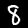
Digit: 8